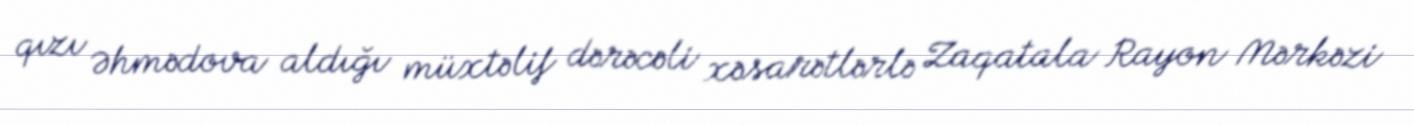
qızı Əhmədova aldığı müxtəlif dərəcəli xəsarətlərlə Zaqatala Rayon Mərkəzi